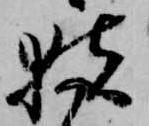
猪